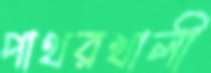
পাথরখালী